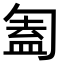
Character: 㔩